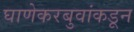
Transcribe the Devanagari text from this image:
घाणेकरबुवांकडून